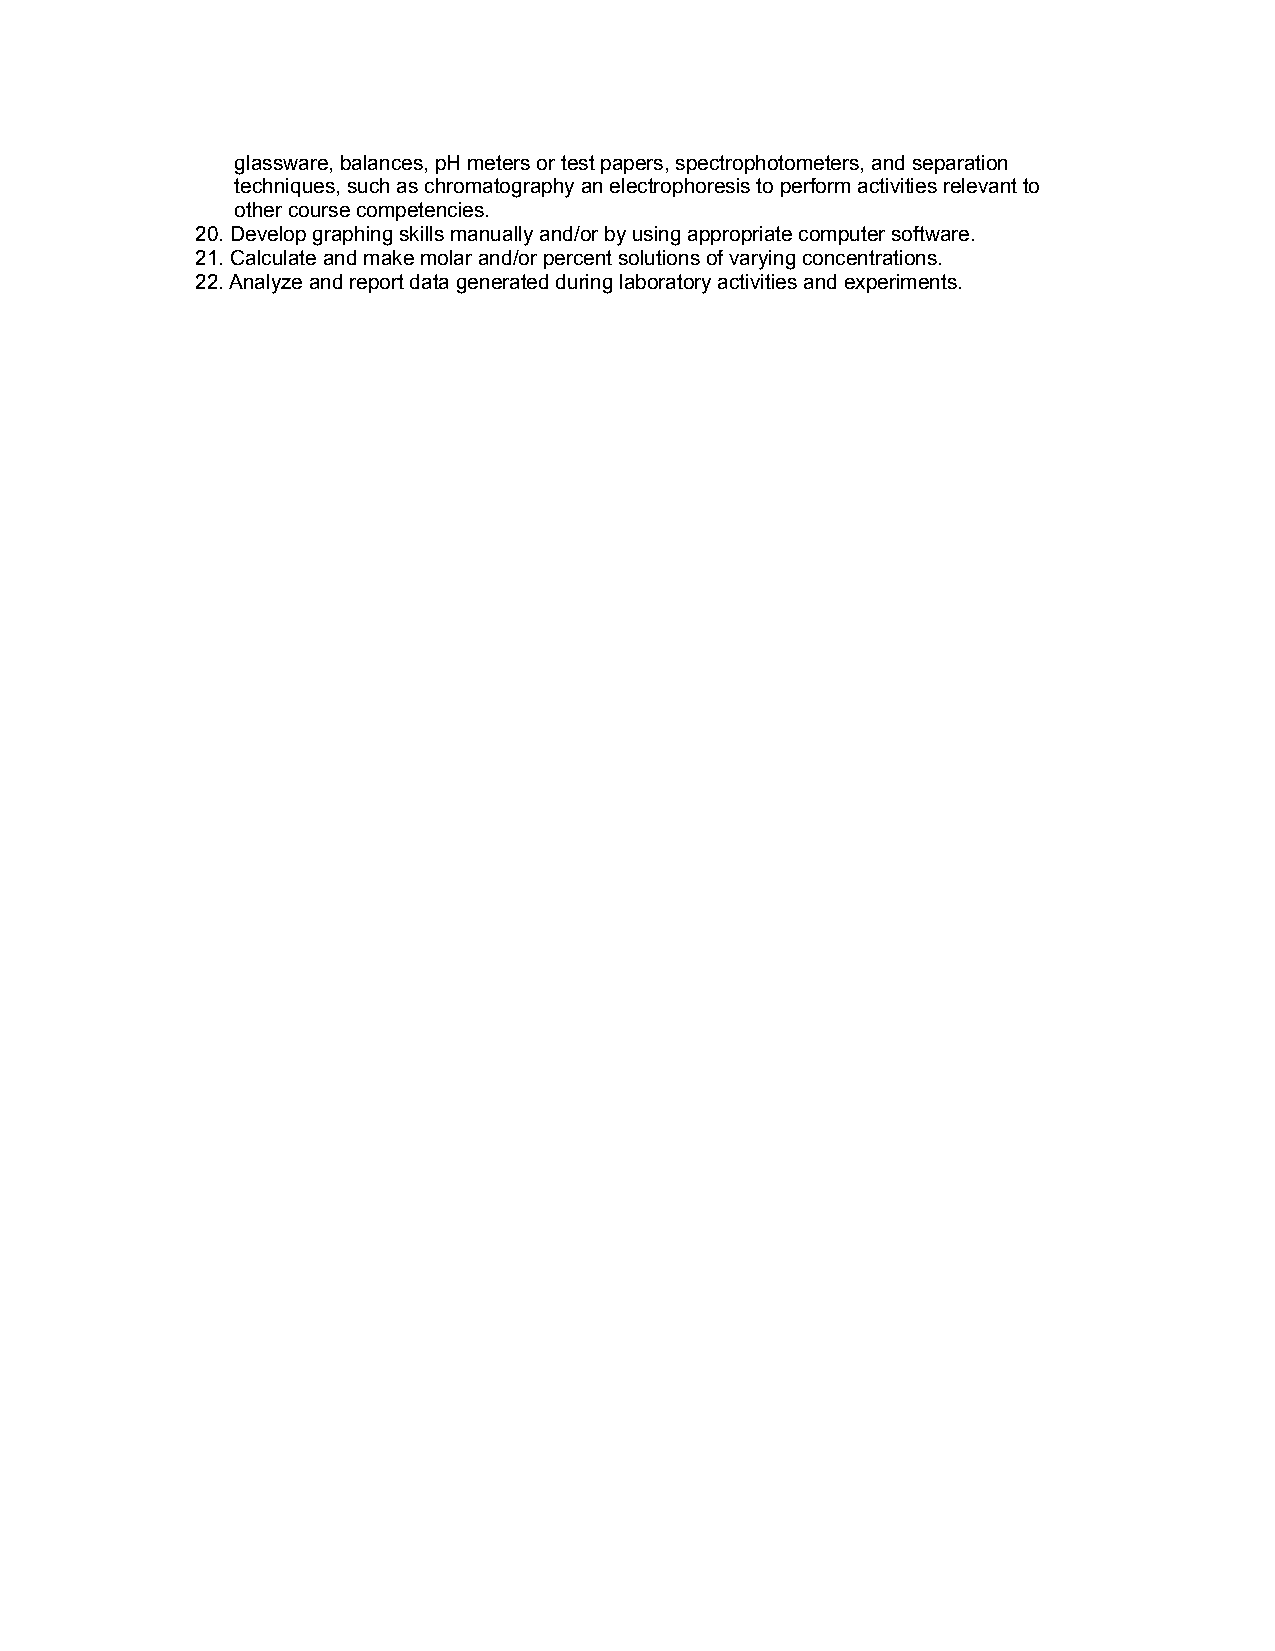
glassware, balances, pH meters or test papers, spectrophotometers, and separation
 techniques, such as chromatography an electrophoresis to perform activities relevant to
 other course competencies.
 20. Develop graphing skills manually and/or by using appropriate computer software.
 21. Calculate and make molar and/or percent solutions of varying concentrations.
 22. Analyze and report data generated during laboratory activities and experiments.